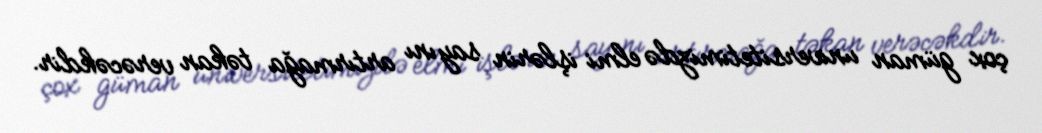
çox güman universitetimizdə elmi işlərin sayını artırmağa təkan verəcəkdir.